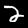
Digit: 2